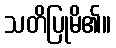
သတိပြုမိ၏။